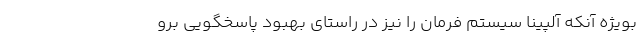
بویژه آنکه آلپینا سیستم فرمان را نیز در راستای بهبود پاسخگویی برو